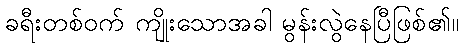
ခရီးတစ်ဝက် ကျိုးသောအခါ မွန်းလွဲနေပြီဖြစ်၏။